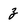
Character: z